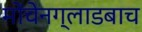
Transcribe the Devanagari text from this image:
मोंचेनग्लाडबाच